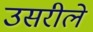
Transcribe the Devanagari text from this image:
उसरीले